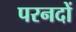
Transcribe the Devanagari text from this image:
परनदों